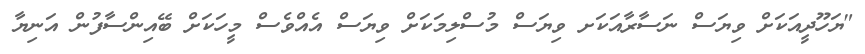
"ޔަހޫދީއަކަށް ވިޔަސް ނަސާރާއަކަށ ވިޔަސް މުސްލިމަކަށް ވިޔަސް އެއްވެސް މީހަކަށް ބޭއިންސާފުން އަނިޔާ